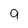
Character: a